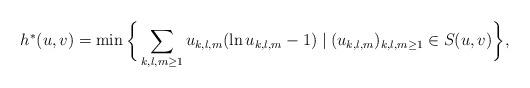
LaTeX: \begin{align*}h^{\ast}(u,v)=\min\bigg\{\sum_{k,l,m\geq1}u_{k,l,m}(\ln u_{k,l,m}-1)\mid(u_{k,l,m})_{k,l,m\geq1}\in S(u,v)\bigg\}, \end{align*}